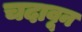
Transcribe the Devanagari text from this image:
चदावून